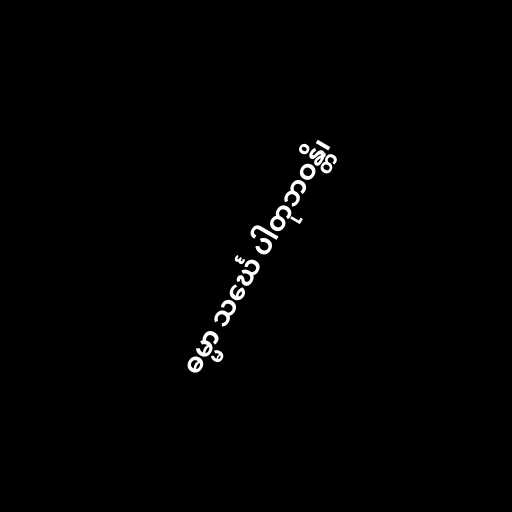
ဓမ္မာ သင်္ဃေ ပါတုဘဝန္တိ၊